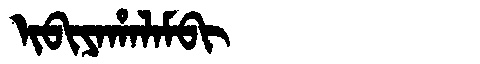
Manchu: ᡳᠪᡳᠶᠠᡥᠠᠯᠠᠮᠪᡳ
Romanization: IBIYAHALAMBI